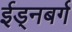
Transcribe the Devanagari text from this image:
ईड्नबर्ग